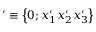
' \equiv \left\{ 0 ; x _ { 1 } ^ { \prime } x _ { 2 } ^ { \prime } x _ { 3 } ^ { \prime } \right\}